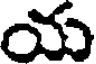
యు